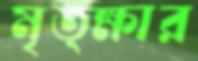
মৃত্ক্ষার